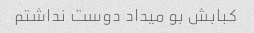
کبابش بو میداد دوست نداشتم